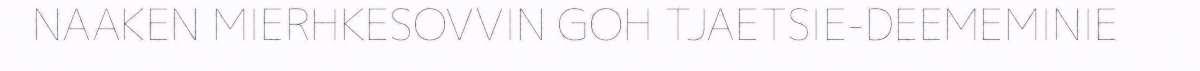
NAAKEN MIERHKESOVVIN GOH TJAETSIE-DEEMEMINIE